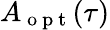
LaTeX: A_{\mathrm{~o~p~t~}}(\tau)